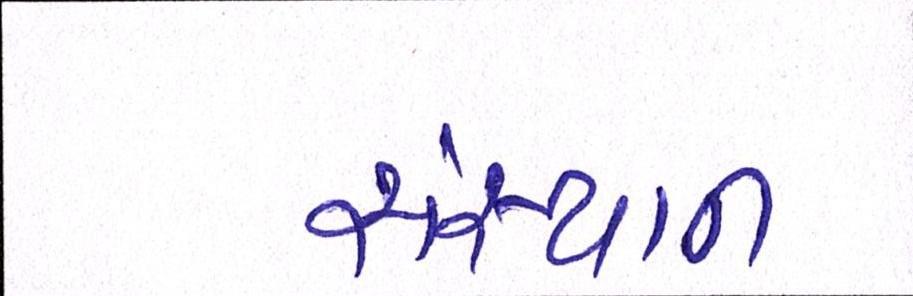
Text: સંસ્થાન